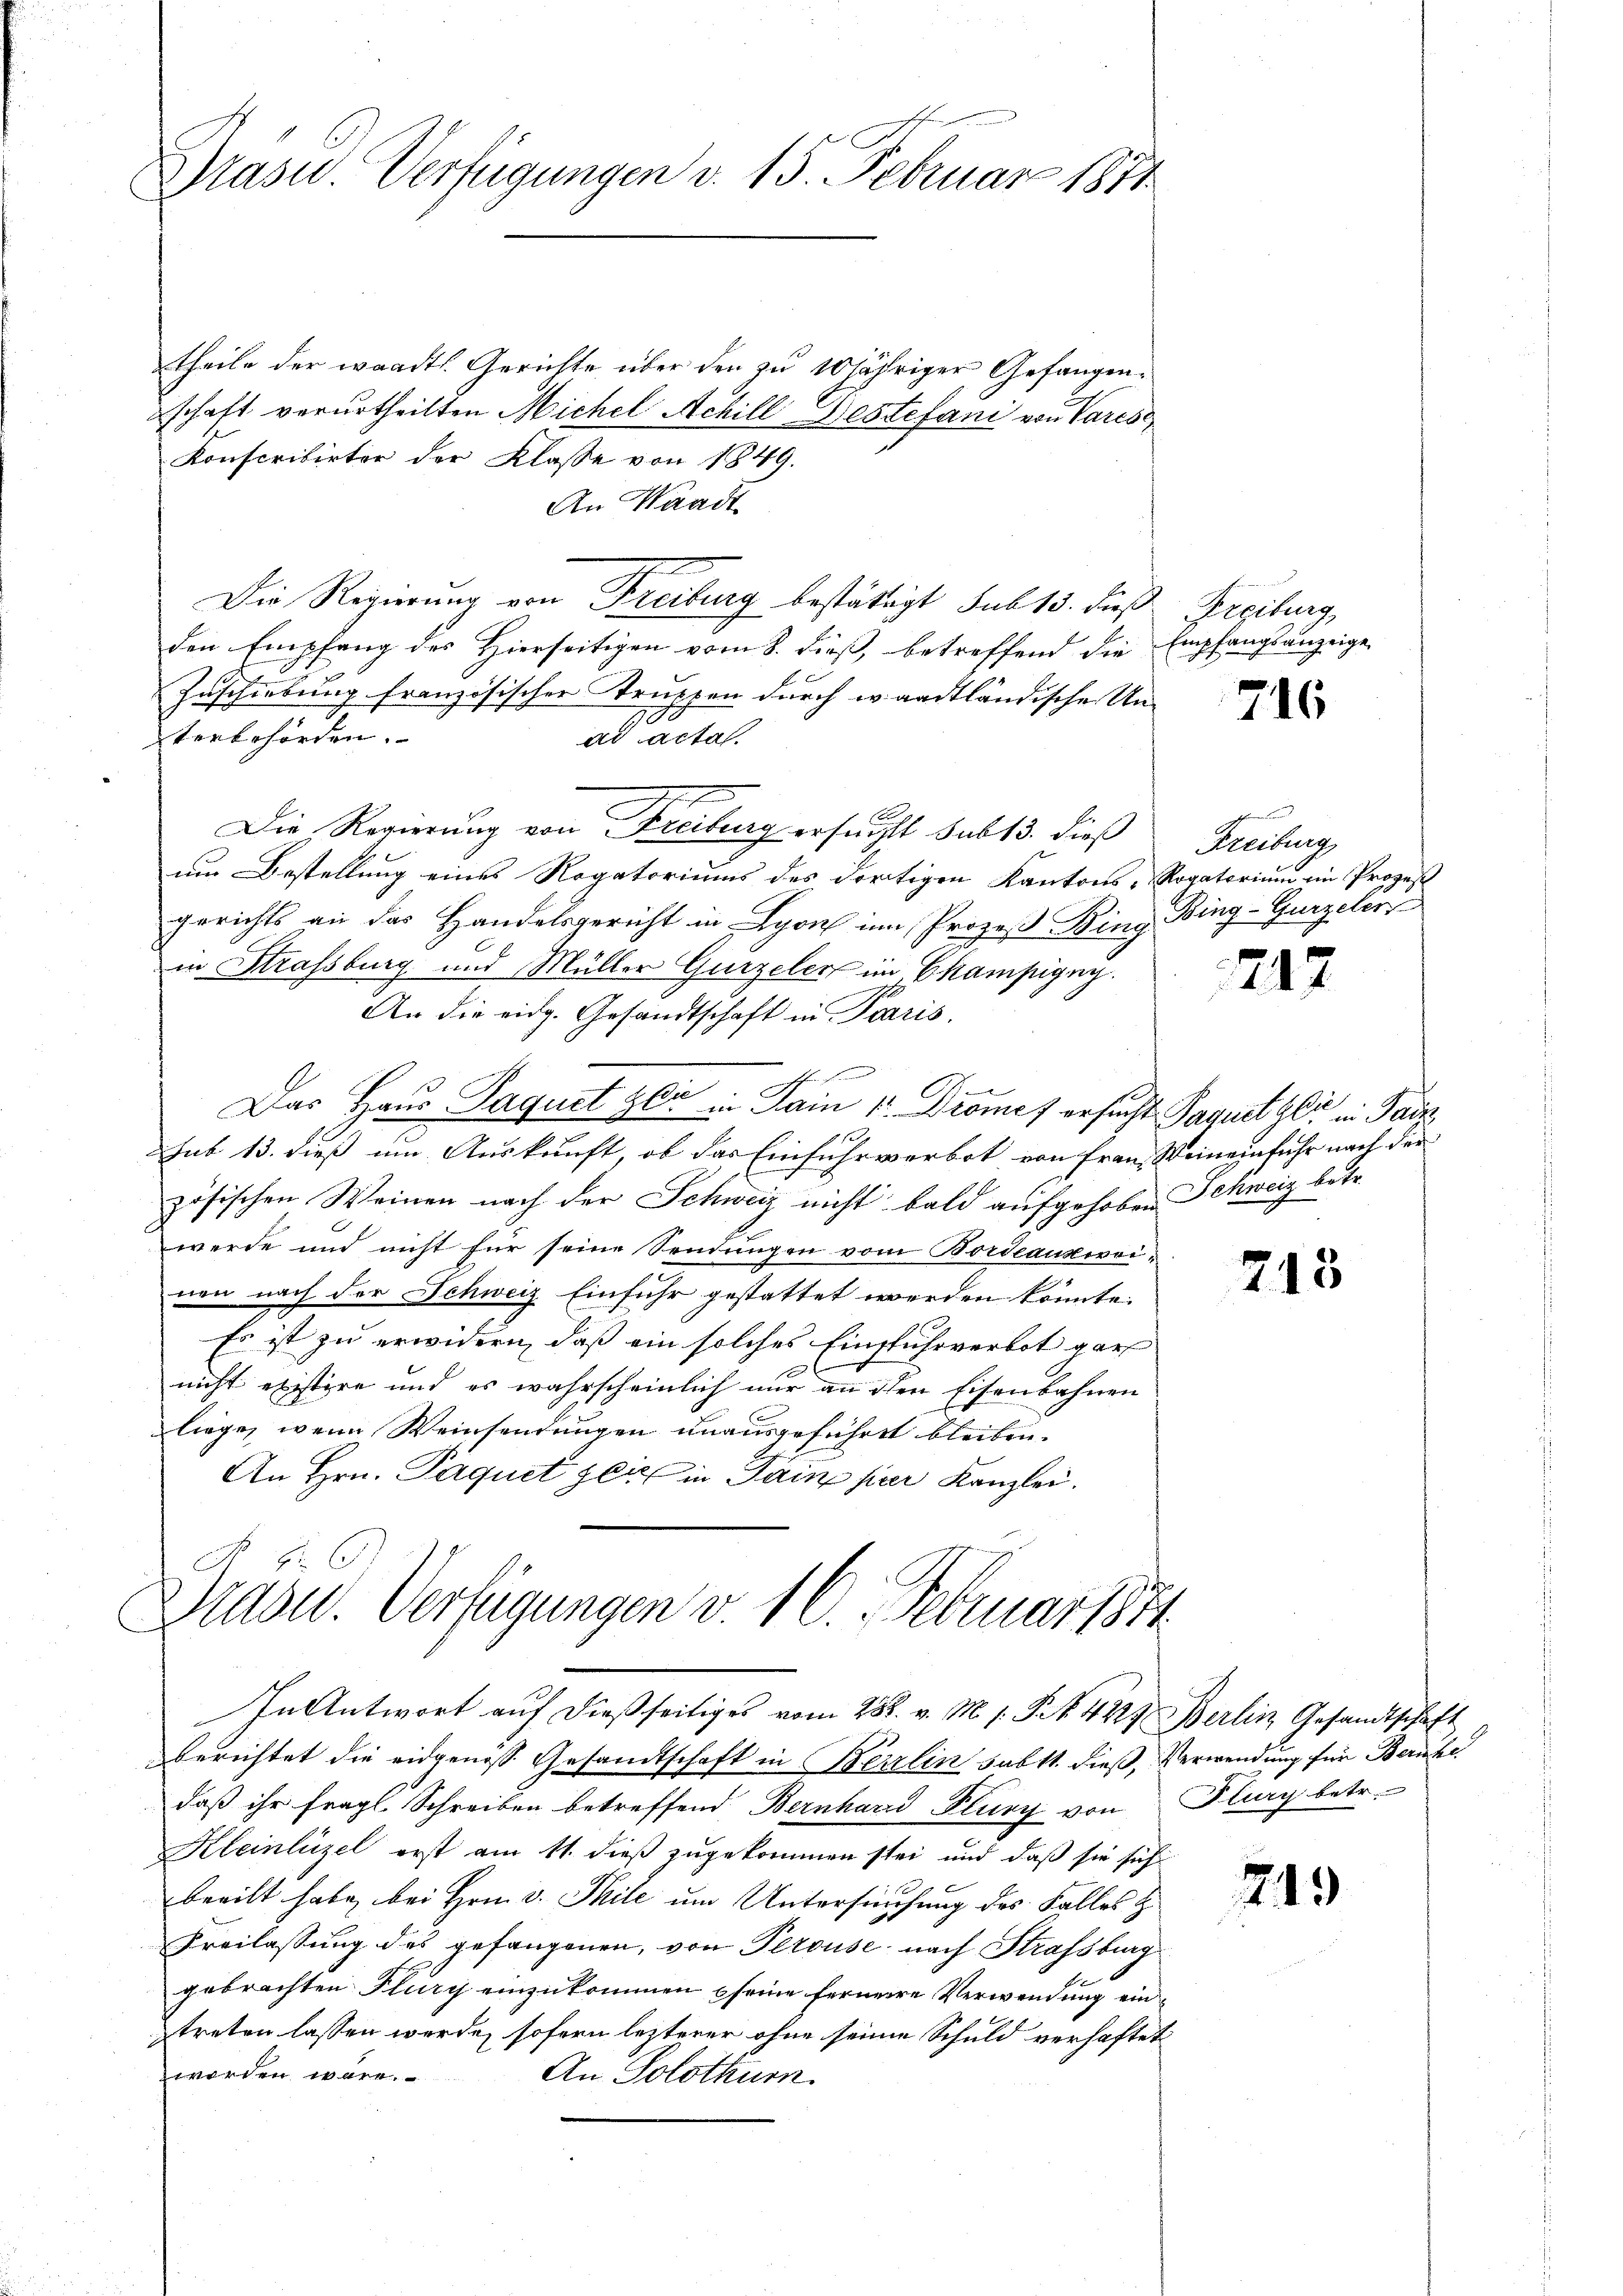
Präsid. Verfügungen v. 15. Februar 1871

theile der waadtl. Gerichte über den zu 10 jähriger Gefangenschaft verurtheilten Michel Achill Gestefani von Vares
Konscribirter der Klasse von 1849.
An Waadt
Die Regierung von Freiburg bestättigt sub 15. dieß Freiburg,
den Empfang des Hierseitigen vom 8. dieß, betreffend die Empfangsanzeige
Zuschiebung französischer Truppen durch waadtländische Unverbehörden.
ad actal.
Die Regierung von Freiburg ersucht sub 13. dieß
um Bestellung eines Rogatoriums des dortigen Kantons- Rogatorium im Prozeß
gerichts an das Handelsgericht in Lyon um Prozeß Bing Bing-Gurzelir
in Strassburg und Müller Gurzeler im Champigny.
An die eidg. Gesandtschaft in Paris.
A
Das Haus Paquet zer in Sain 1 Dromes ersucht Paquet sei in Pade,
1 f 0 x
sub 13. dieß um Auskunft, ob das Einfuhrverbot von Frau Weineinfuhr nach der
zösischen Weinen nach der Schweiz nicht bald aufgehoben Schweiz betr.
werde und nicht für seine Sendungen vom Bordeankwei-
nen nach der Schweiz Einfuhr gestattet werden könnte.
Es ist zu erwidern, daß ein solches Einfuhrverbot gar
nicht existire und es wahrscheinlich nur an den Eisenbahnen
liege, wenn Weinsendungen unausgeführt bleiben.
An Hrn. Paquet zeit in Pain par Kanzlei.

Dräder. Verfügungen v. 16. Februar 1884

In Antwort auf dießseitiges vom 28. v. M. s. S. 4229. Berlin Gesandtschaft
berichtet die eidgenöss. Gesandtschaft in Berlin subst dieß, Verwendung für Berüche
daß ihr fragl. Schreiben betreffend Bernhard Plury von Flury betr.
Kleinlizel erst am 11. dieß zugekommen sei und daß sie sich
beeilt habe, bei Hrn. v. Thile um Untersuchung des Falles z
Freilassung des gefangenen, von Perouse nach Strassburg
gebrachten Flury einzukommen seine fernere Verwendung einztreten lassen werde, sofern lezterer ohne seine Schuld verhaftet
werden wäre.
An Solothur.

716

Freiburg

247

213

719